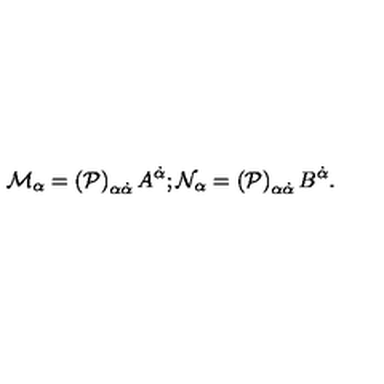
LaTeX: { \cal M } _ { \alpha } = \left( { \cal P } \right) _ { \alpha \dot { \alpha } } A ^ { \dot { \alpha } } ; { \cal N } _ { \alpha } = \left( { \cal P } \right) _ { \alpha \dot { \alpha } } B ^ { \dot { \alpha } } .